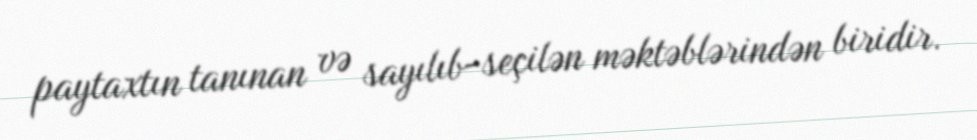
paytaxtın tanınan və sayılıb-seçilən məktəblərindən biridir.